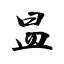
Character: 昷